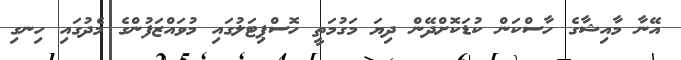
އޭނާ މާއިޝާގެ ހާސްކަން ކުޑަކޮށްދޭން ދިޔަ މަގުމަތީ ހޮސްޕިޓަލުގައި މުވައްޒަފުންގެ މެދުގައި ހިނގި